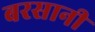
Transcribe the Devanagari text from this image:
बरसानी